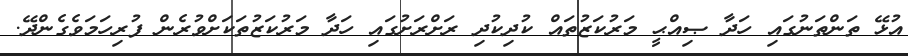
އުޅޭ ތަންތަނުގައި ހަދާ ޞިއްޙީ މަރުކަޒުތައް ކުދިކުދި ރަށްރަށުގައި ހަދާ މަރުކަޒުތަކަށްވުރެން ފުރިހަމަވެގެންދޭ.